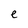
Character: e